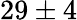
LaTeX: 29\pm 4